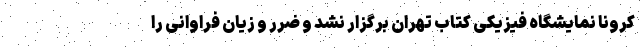
کرونا نمایشگاه فیزیکی کتاب تهران برگزار نشد و ضرر و زیان فراوانی را